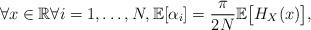
LaTeX: \begin{align*}\forall x\in\mathbb{R}\forall i=1,\dots,N, \mathbb{E}[\alpha _i]=\frac{\pi}{2N}\mathbb{E}\bigl[H_{X}(x)\bigr],\end{align*}